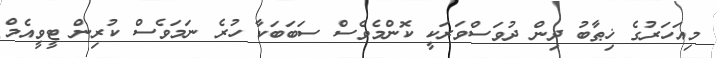
މިއަހަރުގެ ޚިޠާބު ދިން ދުވަސްވަރަކީ ކޮންމެވެސް ސަބަބަކާ ހުރެ ނަމަވެސް ކުރިން ޓީވީއެމް